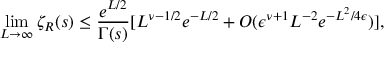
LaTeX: \operatorname * { l i m } _ { L \to \infty } \zeta _ { R } ( s ) \le { \frac { e ^ { L / 2 } } { \Gamma ( s ) } } [ L ^ { \nu - 1 / 2 } e ^ { - L / 2 } + O ( \epsilon ^ { \nu + 1 } L ^ { - 2 } e ^ { - L ^ { 2 } / 4 \epsilon } ) ] ,